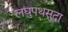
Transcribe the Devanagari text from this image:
लघुपथसुद्धा